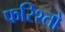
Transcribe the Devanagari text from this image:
फरिश्तो